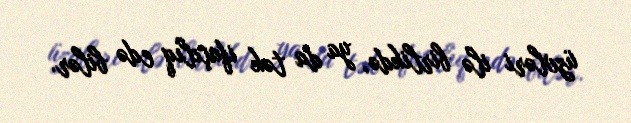
üzvləri ilə birlikdə, ya da tək ifaçılıq edə bilər.